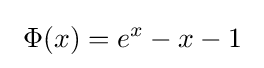
~\Phi (x)=e^{x}-x-1~